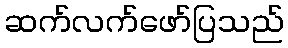
ဆက်လက်ဖော်ပြသည်